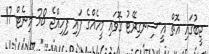
ޖީބުގައި އޮތް އީ-ސިނގިރޭޓު ގޮވައި މީހެއްގެ ފައި ފިހިއްޖެ 38 މިނެޓް 17